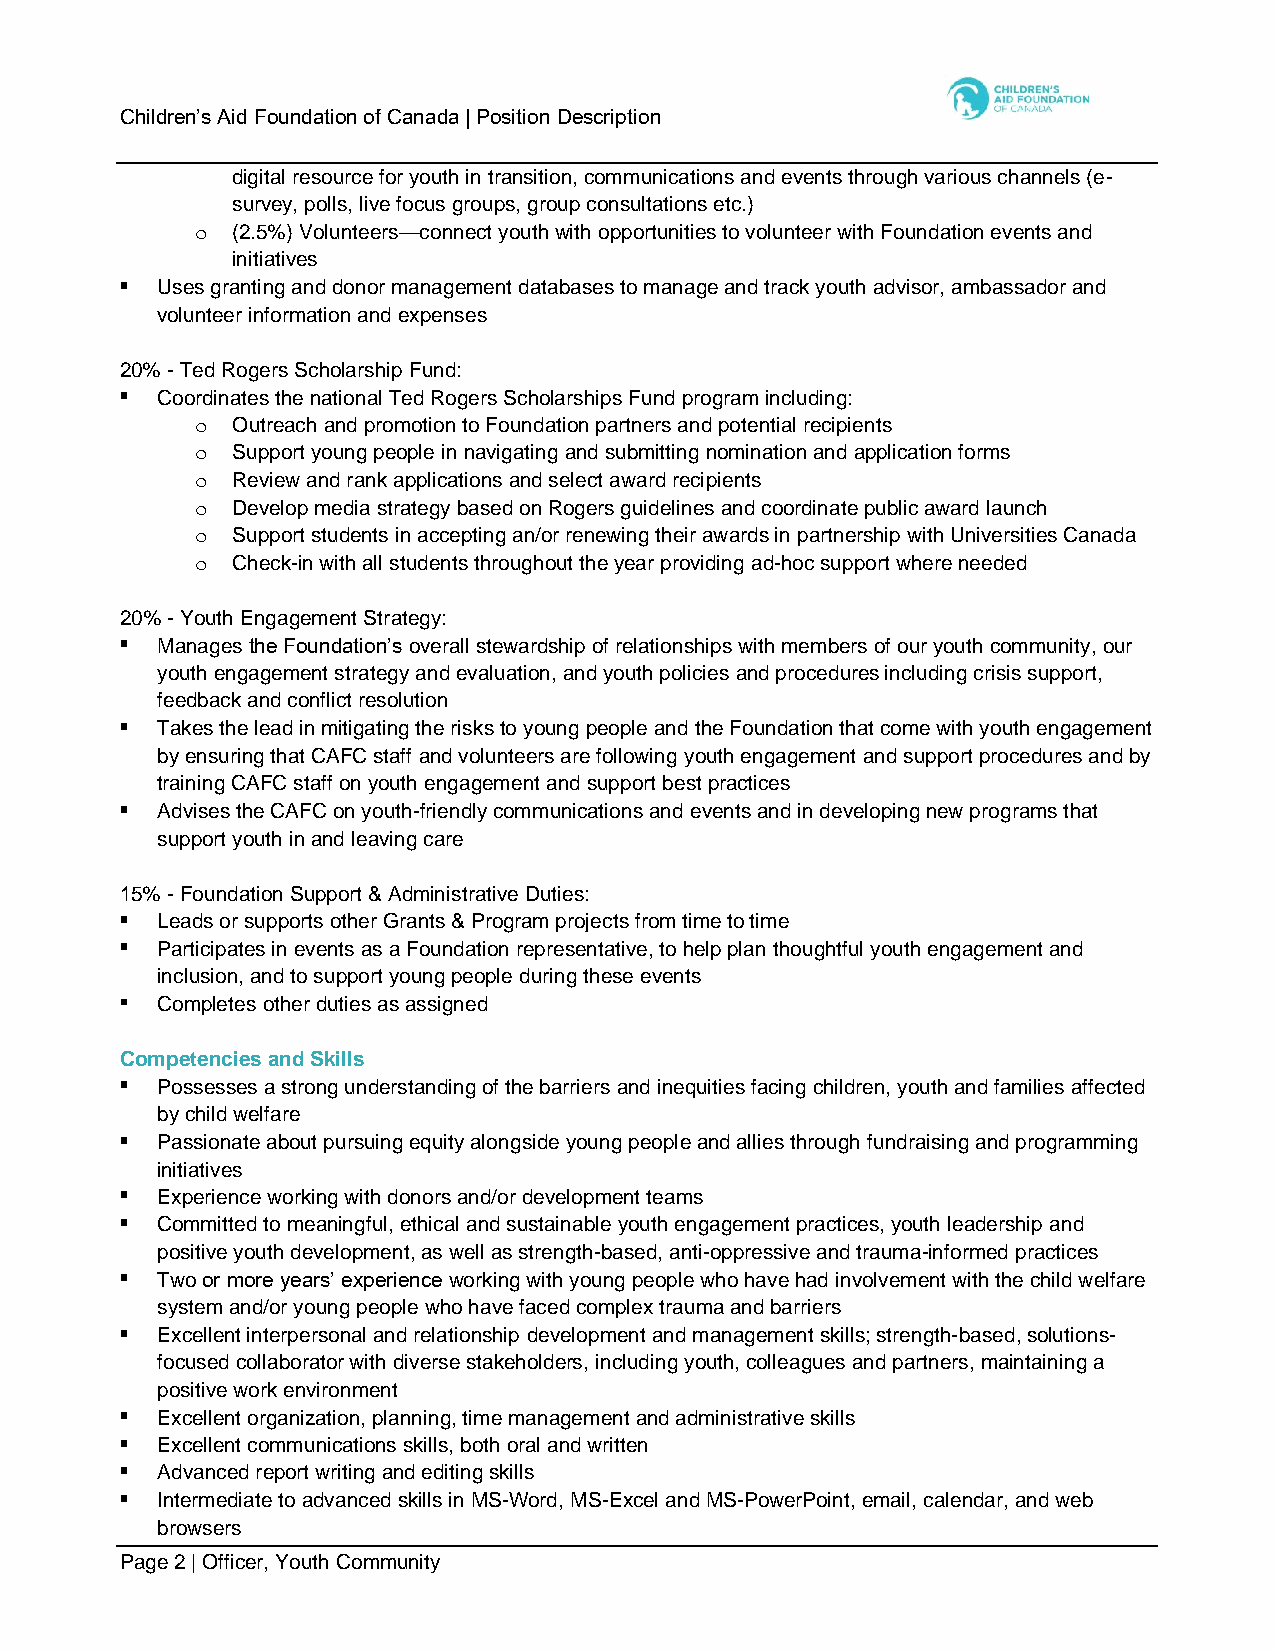
Children’s Aid Foundation of Canada | Position Description
 digital resource for youth in transition, communications and events through various channels (e-
 survey, polls, live focus groups, group consultations etc.)
 o (2.5%) Volunteers—connect youth with opportunities to volunteer with Foundation events and
 initiatives
 Uses granting and donor management databases to manage and track youth advisor, ambassador and
 volunteer information and expenses
 20% - Ted Rogers Scholarship Fund:
 Coordinates the national Ted Rogers Scholarships Fund program including:
 o Outreach and promotion to Foundation partners and potential recipients
 o Support young people in navigating and submitting nomination and application forms
 o Review and rank applications and select award recipients
 o Develop media strategy based on Rogers guidelines and coordinate public award launch
 o Support students in accepting an/or renewing their awards in partnership with Universities Canada
 o Check-in with all students throughout the year providing ad-hoc support where needed
 20% - Youth Engagement Strategy:
 Manages the Foundation’s overall stewardship of relationships with members of our youth community, our
 youth engagement strategy and evaluation, and youth policies and procedures including crisis support,
 feedback and conflict resolution
 Takes the lead in mitigating the risks to young people and the Foundation that come with youth engagement
 by ensuring that CAFC staff and volunteers are following youth engagement and support procedures and by
 training CAFC staff on youth engagement and support best practices
 Advises the CAFC on youth-friendly communications and events and in developing new programs that
 support youth in and leaving care
 15% - Foundation Support & Administrative Duties:
 Leads or supports other Grants & Program projects from time to time
 Participates in events as a Foundation representative, to help plan thoughtful youth engagement and
 inclusion, and to support young people during these events
 Completes other duties as assigned
 Competencies and Skills
 Possesses a strong understanding of the barriers and inequities facing children, youth and families affected
 by child welfare
 Passionate about pursuing equity alongside young people and allies through fundraising and programming
 initiatives
 Experience working with donors and/or development teams
 Committed to meaningful, ethical and sustainable youth engagement practices, youth leadership and
 positive youth development, as well as strength-based, anti-oppressive and trauma-informed practices
 Two or more years’ experience working with young people who have had involvement with the child welfare
 system and/or young people who have faced complex trauma and barriers
 Excellent interpersonal and relationship development and management skills; strength-based, solutions-
 focused collaborator with diverse stakeholders, including youth, colleagues and partners, maintaining a
 positive work environment
 Excellent organization, planning, time management and administrative skills
 Excellent communications skills, both oral and written
 Advanced report writing and editing skills
 Intermediate to advanced skills in MS-Word, MS-Excel and MS-PowerPoint, email, calendar, and web
 browsers
 Page 2 | Officer, Youth Community